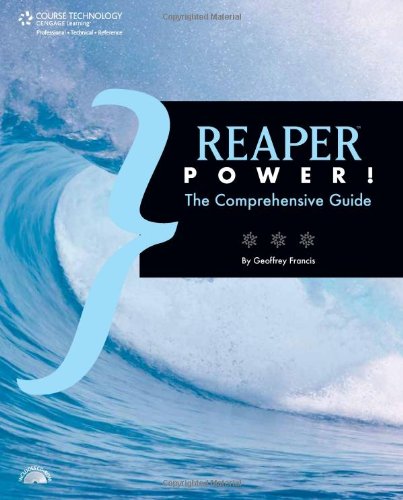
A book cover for REAPER Power!: The Comprehensive Guide; Geoffrey Francis; Computers & Technology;